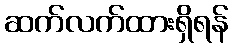
ဆက်လက်ထားရှိရန်